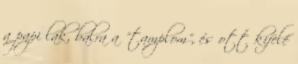
a papi lak, balra a "tamplom", és ott kifelé